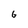
Character: G